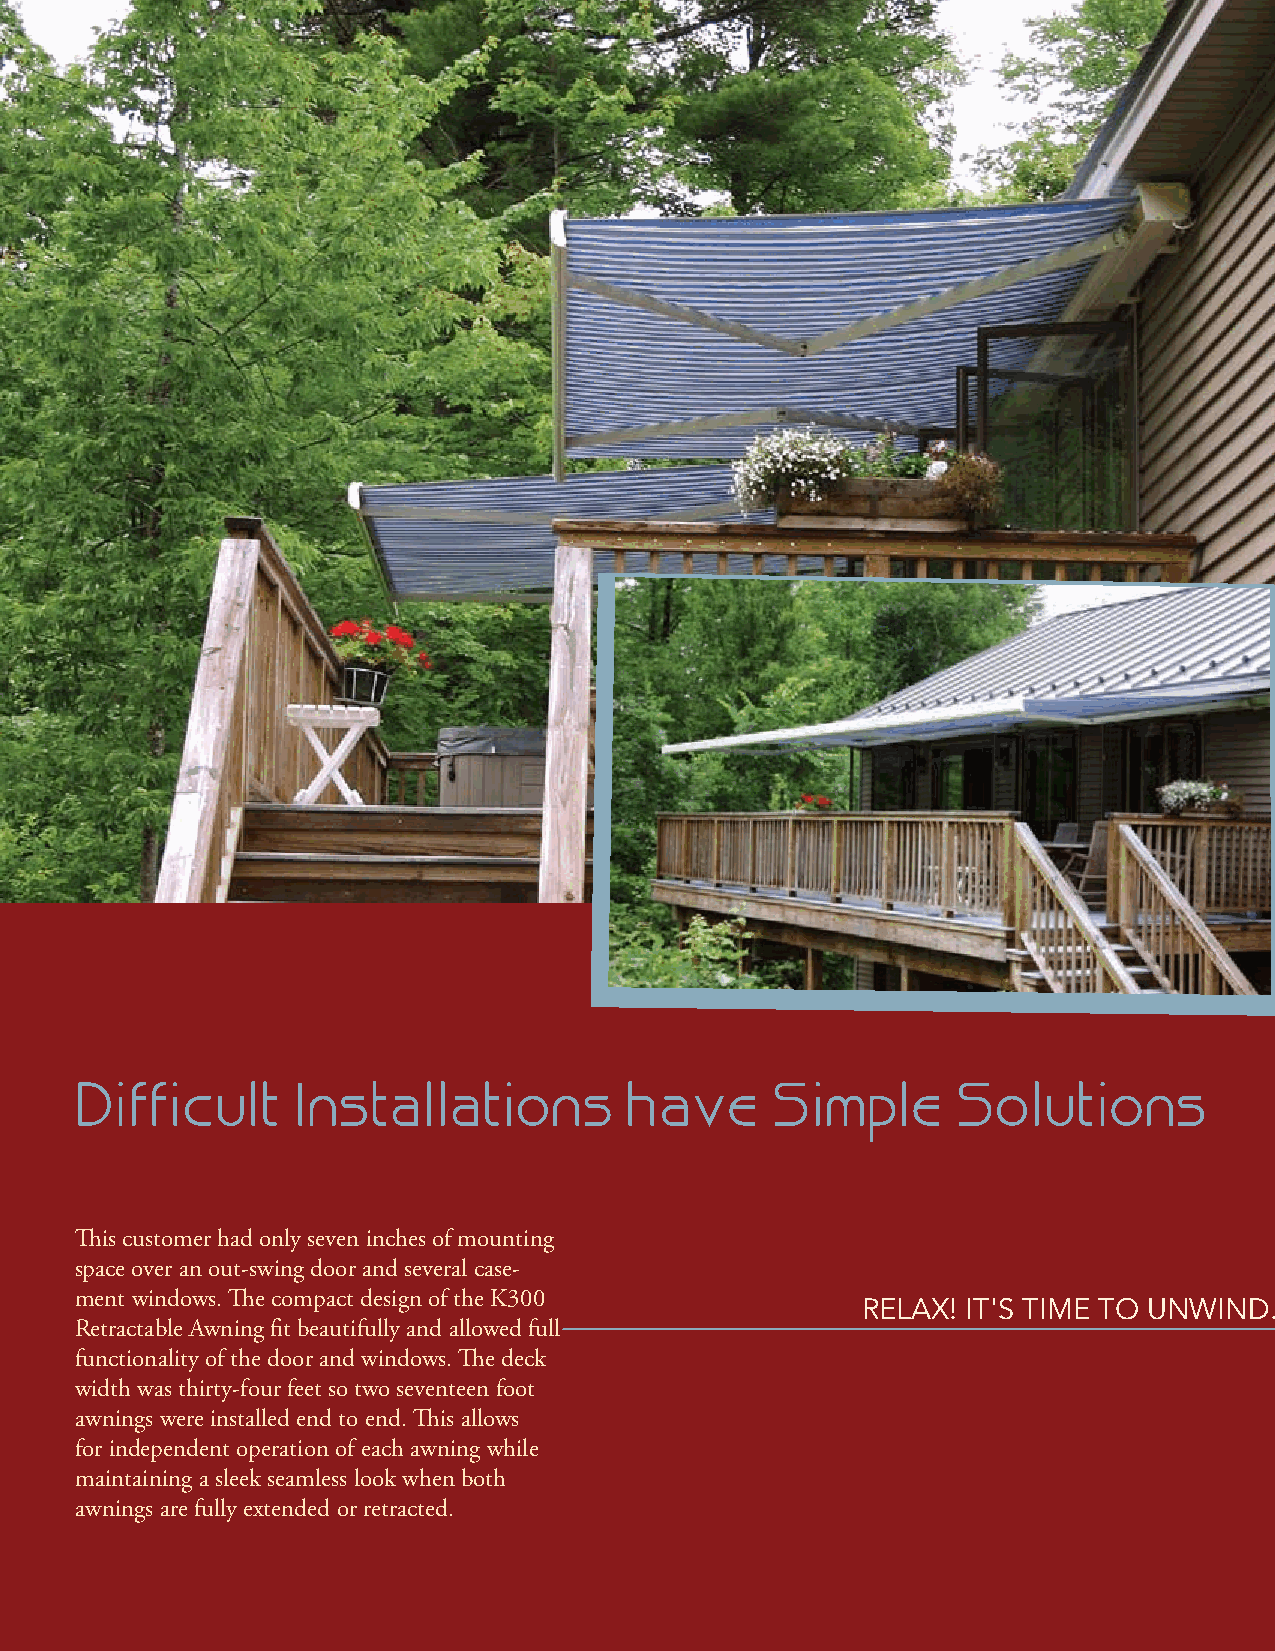
Difficult     Installations          have     Simple      Solutions
 This customer had only seven inches of mounting
 space over an out-swing door and several case-
 ment windows. The compact design of the K300
 RELAX! IT'S TIME TO UNWIND.
 Retractable Awning fit beautifully and allowed full
 functionality of the door and windows. The deck
 width was thirty-four feet so two seventeen foot
 awnings were installed end to end. This allows
 for independent operation of each awning while
 maintaining a sleek seamless look when both
 awnings are fully extended or retracted.